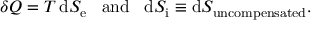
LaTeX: \delta Q = T \, \mathrm { d } S _ { \mathrm { e } } \, \, \, \, \, { \mathrm { a n d } } \, \, \, \, \, \mathrm { d } S _ { \mathrm { i } } \equiv \mathrm { d } S _ { \mathrm { u n c o m p e n s a t e d } } .